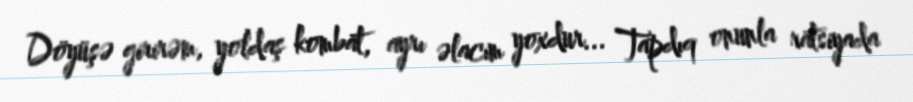
Döyüşə girirəm, yoldaş kombat, ayrı əlacım yoxdur... Tapdıq onunla ratsiyada